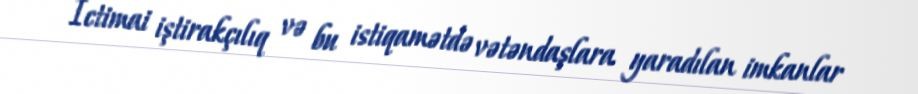
İctimai iştirakçılıq və bu istiqamətdə vətəndaşlara yaradılan imkanlar